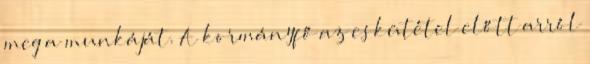
meg a munkáját. A kormányfő az eskütétel előtt arról